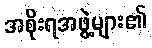
အစိုးရအဖွဲ့များ၏